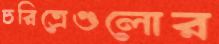
চরিত্রেগুলোর